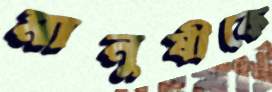
মানুষীকে